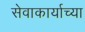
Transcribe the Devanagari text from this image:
सेवाकार्याच्या